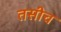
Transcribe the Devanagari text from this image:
तसीच